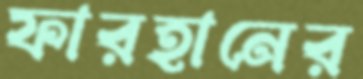
ফারহানের